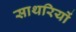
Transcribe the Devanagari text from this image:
साथरियों